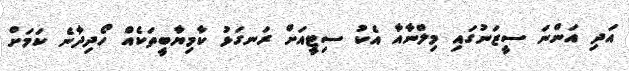
އަދި އަންނަ ސީޒަނުގައި މިލްނާއާ އެކު ސިޓީއަށް ރަނގަޅު ކާމިޔާބީތަކެއް ހޯދިދާނެ ކަމަށް